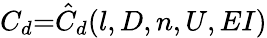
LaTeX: C_{d}{=}\hat{C}_{d}(l,D,n,U,EI)